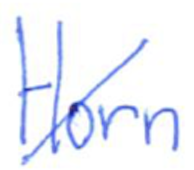
Text: Horn
Cross-out: diagonal
Writing tool: ballpoint